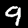
Digit: 9